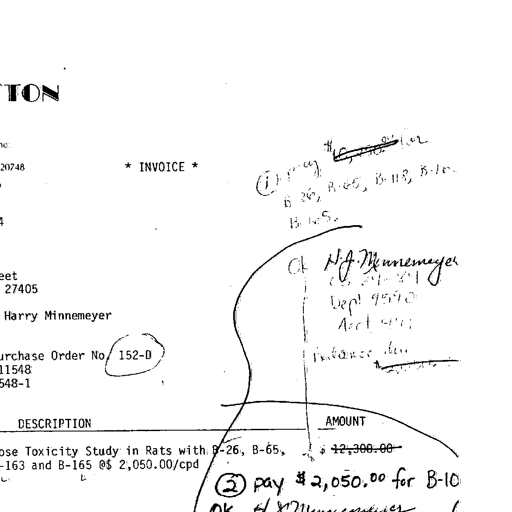
Transcript:
TON

no.
20748 * INVOICE * ① pay $12,300.00 for B-26, B-65, B-118, B-163, B-165.

4

eet OK H.J. Minnemeyer
27405 10-24-74
Harry Minnemeyer Dept 9590
Acct 4911
urchase Order No. ② 152-0 Balance due
11548
548-1

DESCRIPTION AMOUNT

ose Toxicity Study in Rats with B-26, B-65, $ 12,300.00
-163 and B-165 @$ 2,050.00/cpd
② pay $ 2,050.00 for B-10